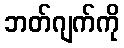
ဘတ်ဂျက်ကို